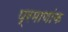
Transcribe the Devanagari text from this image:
प्रमाणांक